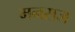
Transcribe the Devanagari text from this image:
मनसज